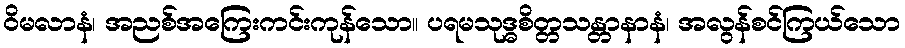
ဝိမလာနံ၊ အညစ်အကြေးကင်းကုန်သော။ ပရမသုဒ္ဓစိတ္တသန္တာနာနံ၊ အလွန်စင်ကြယ်သော